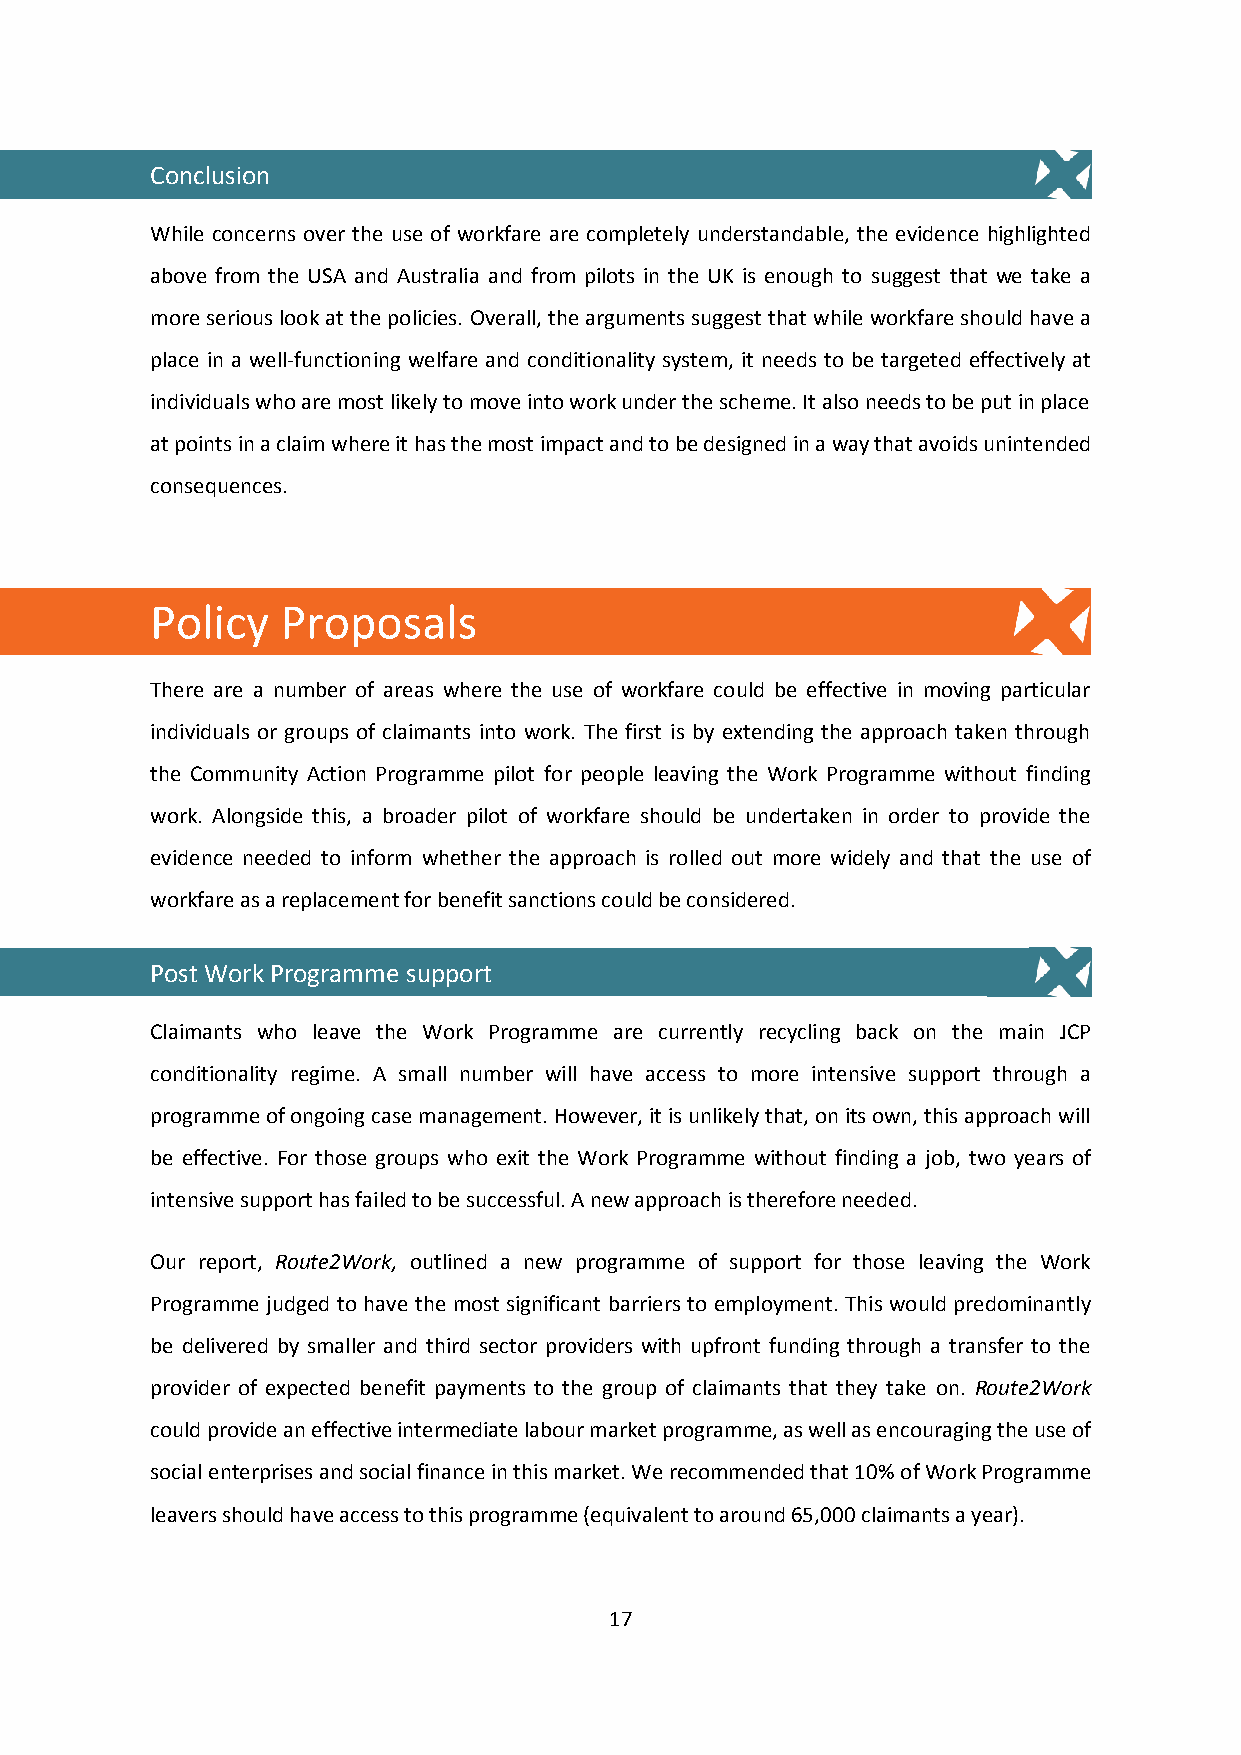
Conclusion
 While concerns over the use of workfare are completely understandable, the evidence highlighted
 above from the USA and Australia and from pilots in the UK is enough to suggest that we take a
 more serious look at the policies. Overall, the arguments suggest that while workfare should have a
 place in a well-functioning welfare and conditionality system, it needs to be targeted effectively at
 individuals who are most likely to move into work under the scheme. It also needs to be put in place
 at points in a claim where it has the most impact and to be designed in a way that avoids unintended
 consequences.
 Policy   Proposals
 There are a number of areas where the use of workfare could be effective in moving particular
 individuals or groups of claimants into work. The first is by extending the approach taken through
 the Community Action Programme pilot for people leaving the Work Programme without finding
 work. Alongside this, a broader pilot of workfare should be undertaken in order to provide the
 evidence needed to inform whether the approach is rolled out more widely and that the use of
 workfare as a replacement for benefit sanctions could be considered.
 Post Work Programme support
 Claimants who leave the Work Programme are currently recycling back on the main JCP
 conditionality regime. A small number will have access to more intensive support through a
 programme of ongoing case management. However, it is unlikely that, on its own, this approach will
 be effective. For those groups who exit the Work Programme without finding a job, two years of
 intensive support has failed to be successful. A new approach is therefore needed.
 Our report, Route2Work, outlined a new programme of support for those leaving the Work
 Programme judged to have the most significant barriers to employment. This would predominantly
 be delivered by smaller and third sector providers with upfront funding through a transfer to the
 provider of expected benefit payments to the group of claimants that they take on. Route2Work
 could provide an effective intermediate labour market programme, as well as encouraging the use of
 social enterprises and social finance in this market. We recommended that 10% of Work Programme
 leavers should have access to this programme (equivalent to around 65,000 claimants a year).
 17